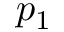
p _ { 1 }